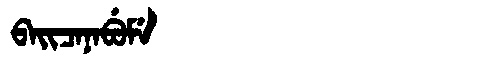
Manchu: ᠪᠠᡳᠴᠠᠨᠠᠪᡠᠮᡝ
Romanization: BAICANABUME